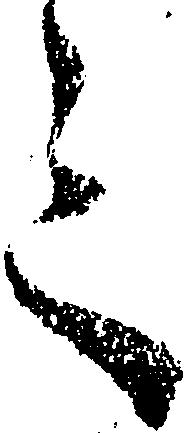
言